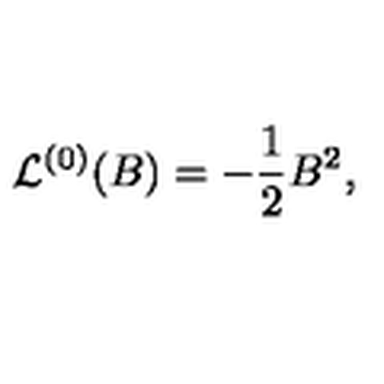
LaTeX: { \cal L } ^ { ( 0 ) } ( B ) = - { \frac { 1 } { 2 } } B ^ { 2 } ,